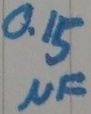
Text: 0.15µF